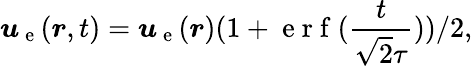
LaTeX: \boldsymbol{u}_{\mathrm{~e~}}(\boldsymbol{r},t)=\boldsymbol{u}_{\mathrm{~e~}}(\boldsymbol{r})(1+\mathrm{~e~r~f~}(\frac{t}{\sqrt{2}\tau}))/2,